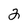
Character: 2